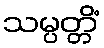
သမ္ပတ္တိံ